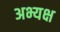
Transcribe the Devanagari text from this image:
अभ्यक्ष